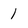
Character: 1